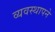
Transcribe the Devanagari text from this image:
व्यवस्थापने